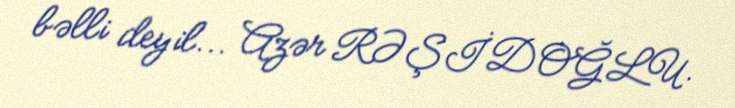
bəlli deyil... Azər RƏŞİDOĞLU.